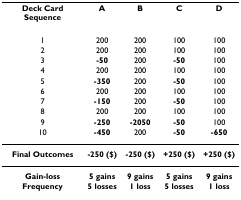
<table><thead><tr><td><b>Deck Card Sequence</b></td><td><b>A</b></td><td><b>B</b></td><td><b>C</b></td><td><b>D</b></td></tr></thead><tbody><tr><td>1</td><td>200</td><td>200</td><td>100</td><td>100</td></tr><tr><td>2</td><td>200</td><td>200</td><td>100</td><td>100</td></tr><tr><td>3</td><td><b>-50</b></td><td>200</td><td><b>-50</b></td><td>100</td></tr><tr><td>4</td><td>200</td><td>200</td><td>100</td><td>100</td></tr><tr><td>5</td><td><b>-350</b></td><td>200</td><td><b>-50</b></td><td>100</td></tr><tr><td>6</td><td>200</td><td>200</td><td>100</td><td>100</td></tr><tr><td>7</td><td><b>-150</b></td><td>200</td><td><b>-50</b></td><td>100</td></tr><tr><td>8</td><td>200</td><td>200</td><td>100</td><td>100</td></tr><tr><td>9</td><td><b>-250</b></td><td><b>-2050</b></td><td><b>-50</b></td><td>100</td></tr><tr><td>10</td><td><b>-450</b></td><td>200</td><td><b>-50</b></td><td><b>-650</b></td></tr><tr><td><b>Final Outcomes</b></td><td><b>-250 ($)</b></td><td><b>-250 ($)</b></td><td><b>+250 ($)</b></td><td><b>+250 ($)</b></td></tr><tr><td><b>Gain-loss Frequency</b></td><td><b>5 gains</b><b>5 losses</b></td><td><b>9 gains</b><b>1 loss</b></td><td><b>5 gains</b><b>5 losses</b></td><td><b>9 gains</b><b>1 loss</b></td></tr></tbody></table>